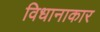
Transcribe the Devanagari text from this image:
विधानाकार